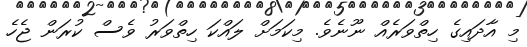
މި އާދައިގެ ހިތްވަރެއް ނޫނެވެ. މިކަމަށް ލައްކަ ހިތްވަރު ވެސް ކުރަން ޖެހެ